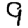
Digit: 9